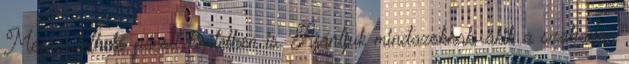
Megrendelhető pácolt kivitelben is. Ajánljuk mindazoknak, akik a szabadon